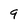
Character: 9